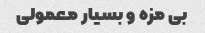
بی مزه و بسیار معمولی